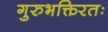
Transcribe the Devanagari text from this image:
गुरुभक्तिरतः